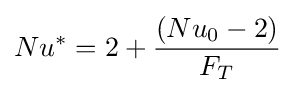
Nu^{*}=2+{\frac {\left(Nu_{0}-2\right)}{F_{T}}}